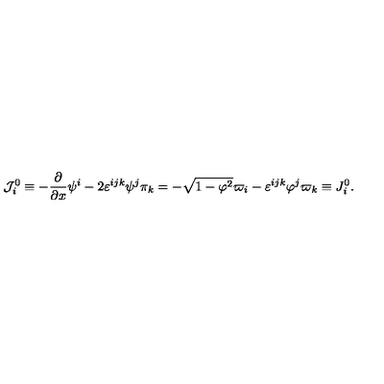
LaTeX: { \cal J } _ { i } ^ { 0 } \equiv - \frac \partial { \partial x } \psi ^ { i } - 2 \varepsilon ^ { i j k } \psi ^ { j } \pi _ { k } = - \sqrt { 1 - { \bf \varphi } ^ { 2 } } \varpi _ { i } - \varepsilon ^ { i j k } \varphi ^ { j } \varpi _ { k } \equiv J _ { i } ^ { 0 } .